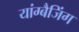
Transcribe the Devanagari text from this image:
यांग्बैजिंग